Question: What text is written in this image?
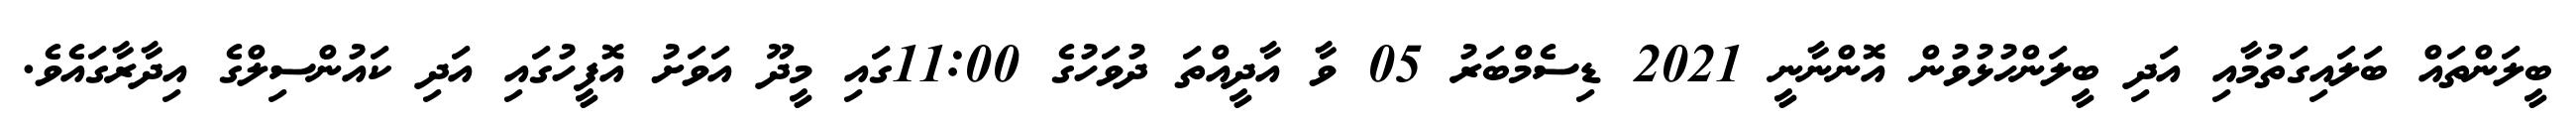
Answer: ބީލަންތައް ބަލައިގަތުމާއި އަދި ބީލަންހުޅުވުން އޮންނާނީ 2021 ޑިސެމްބަރު 05 ވާ އާދީއްތަ ދުވަހުގެ 11:00ގައި މީދޫ އަވަށު އޮފީހުގައި އަދި ކައުންސިލްގެ އިދާރާގައެވެ.